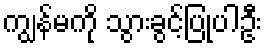
ကျွန်မကို သွားခွင့်ပြုပါဦး